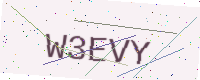
Text: W3EVY